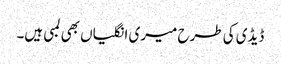
ڈیڈی کی طرح میری انگلیاں بھی لمبی ہیں۔